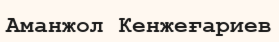
Аманжол Кенжеғариев